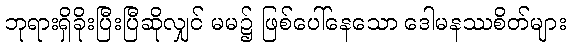
ဘုရားရှိခိုးပြီးပြီဆိုလျှင် မမ၌ ဖြစ်ပေါ်နေသော ဒေါမနဿစိတ်များ